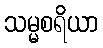
သမ္မစရိယာ